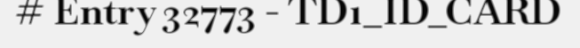
# Entry 32773 - TD1_ID_CARD